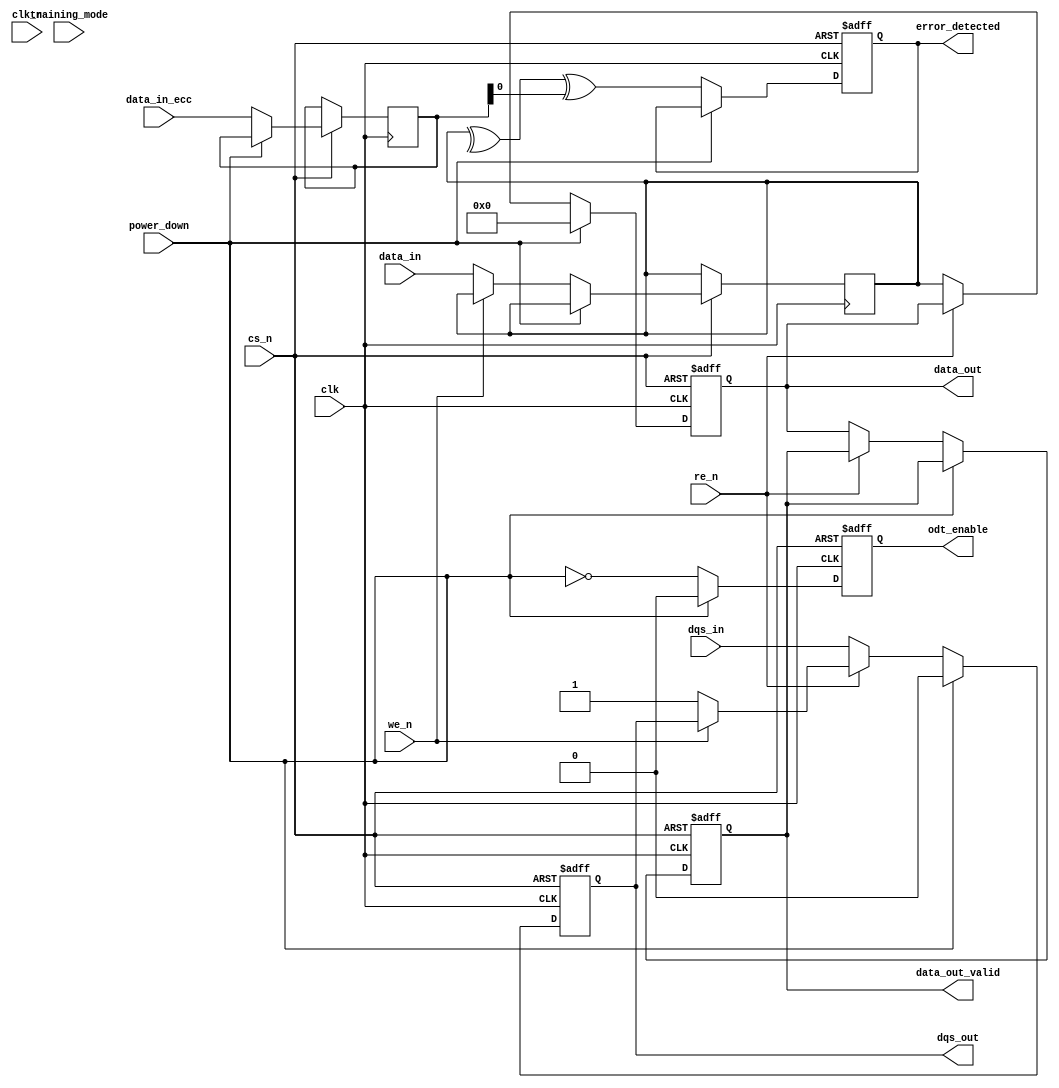
module gddr5_io_block (
    input wire clk,               // Clock input
    input wire clk_n,             // Inverted clock input for differential signaling
    input wire [31:0] data_in,    // Data input (32 bits)
    output reg [31:0] data_out,    // Data output (32 bits)
    input wire dqs_in,            // Data Strobe input
    output reg dqs_out,           // Data Strobe output
    input wire cs_n,              // Chip Select (active low)
    input wire we_n,              // Write Enable (active low)
    input wire re_n,              // Read Enable (active low)
    output reg [31:0] data_out_valid, // Valid data output
    output reg error_detected,     // Error detection flag
    input wire [31:0] data_in_ecc, // Data input with ECC
    input wire training_mode,      // Training mode signal
    input wire power_down,         // Power down signal
    output reg odt_enable          // On-die termination enable
);

// Internal signals
reg [31:0] data_reg;
reg dqs_reg;
reg [31:0] ecc_reg;

// State machine for read/write operations
always @(posedge clk or negedge cs_n) begin
    if (!cs_n) begin
        // Chip select is low, reset outputs
        data_out <= 32'b0;
        dqs_out <= 1'b0;
        data_out_valid <= 32'b0;
        error_detected <= 1'b0;
        odt_enable <= 1'b0;
    end else begin
        // Power management
        if (power_down) begin
            data_out <= 32'b0;
            dqs_out <= 1'b0;
            odt_enable <= 1'b0;
        end else begin
            // Write operation
            if (!we_n) begin
                data_reg <= data_in; // Capture input data
                dqs_out <= 1'b1;      // Assert DQS for write
            end
            
            // Read operation
            if (!re_n) begin
                data_out <= data_reg; // Output the captured data
                dqs_out <= dqs_in;    // DQS follows input during read
                data_out_valid <= data_out; // Indicate valid data output
            end
            
            // Error detection (simple parity check for example)
            ecc_reg <= data_in_ecc; // Capture ECC data
            error_detected <= ^data_reg ^ ecc_reg; // Simple XOR for error detection

            // Write leveling and training mode
            if (training_mode) begin
                // Implement training logic here
                // Adjust DQS timing based on feedback
            end
            
            // On-die termination control
            odt_enable <= !power_down; // Enable ODT when not in power down
        end
    end
end

endmodule